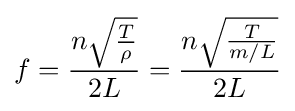
f={n{\sqrt {T \over \rho }} \over 2L}={n{\sqrt {T \over m/L}} \over 2L}